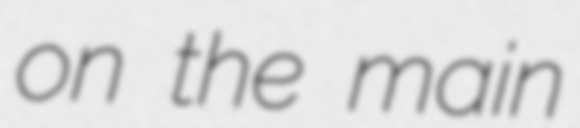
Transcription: on the main